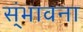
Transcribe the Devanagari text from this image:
स्ंभावना